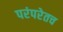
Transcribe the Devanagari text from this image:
परंपरेतच